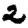
Digit: 2